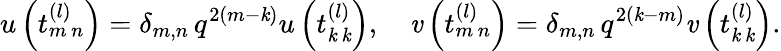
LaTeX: u\left(t_{m\, n}^{(l)}\right)=\delta_{m,n}\, q^{2(m-\mathit{k})}u\left(t_{\mathit{k}\, \mathit{k}}^{(l)}\right),\quad\mathit{v}\left(t_{m\, n}^{(l)}\right)=\delta_{m,n}\, q^{2(\mathit{k}-m)}\mathit{v}\left(t_{\mathit{k}\, \mathit{k}}^{(l)}\right).